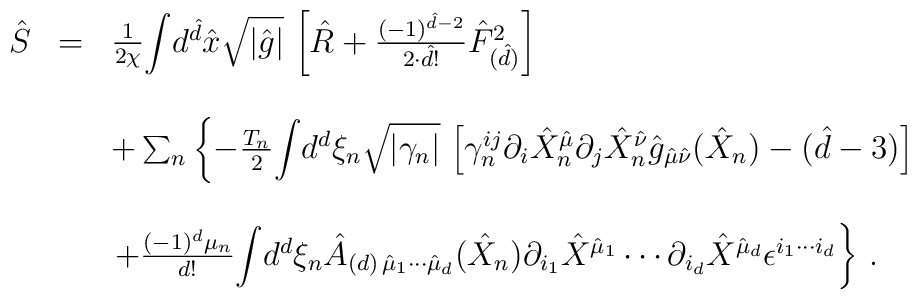
\begin{array}{rcl}\hat{S} & = & \frac{1}{2\chi}{\displaystyle\int}d^{\hat{d}}\hat{x}\sqrt{|\hat{g}|}\, \left[\hat{R} +\frac{(-1)^{\hat{d}-2}}{2\cdot \hat{d}!}\hat{F}_{(\hat{d})}^{2}\right]\\& & \\& & +\sum_{n}\left\{ - \frac{T_{n}}{2}{\displaystyle\int} d^{d}\xi_{n}\sqrt{|\gamma_{n}|}\, \left[\gamma_{n}^{ij}\partial_{i}\hat{X}_{n}^{\hat{\mu}}\partial_{j}\hat{X}_{n}^{\hat{\nu}}\hat{g}_{\hat{\mu}\hat{\nu}}(\hat{X}_{n}) -(\hat{d}-3)\right]\right.\\& & \\& & \left.+\frac{(-1)^{d} \mu_{n}}{d!}{\displaystyle\int}d^{d}\xi_{n} \hat{A}_{(d)\, \hat{\mu}_{1}\cdots\hat{\mu}_{d}}(\hat{X}_{n})\partial_{i_{1}}\hat{X}^{\hat{\mu}_{1}} \cdots \partial_{i_{d}}\hat{X}^{\hat{\mu}_{d}}\epsilon^{i_{1}\cdots i_{d}}\right\}\, .\\\end{array}